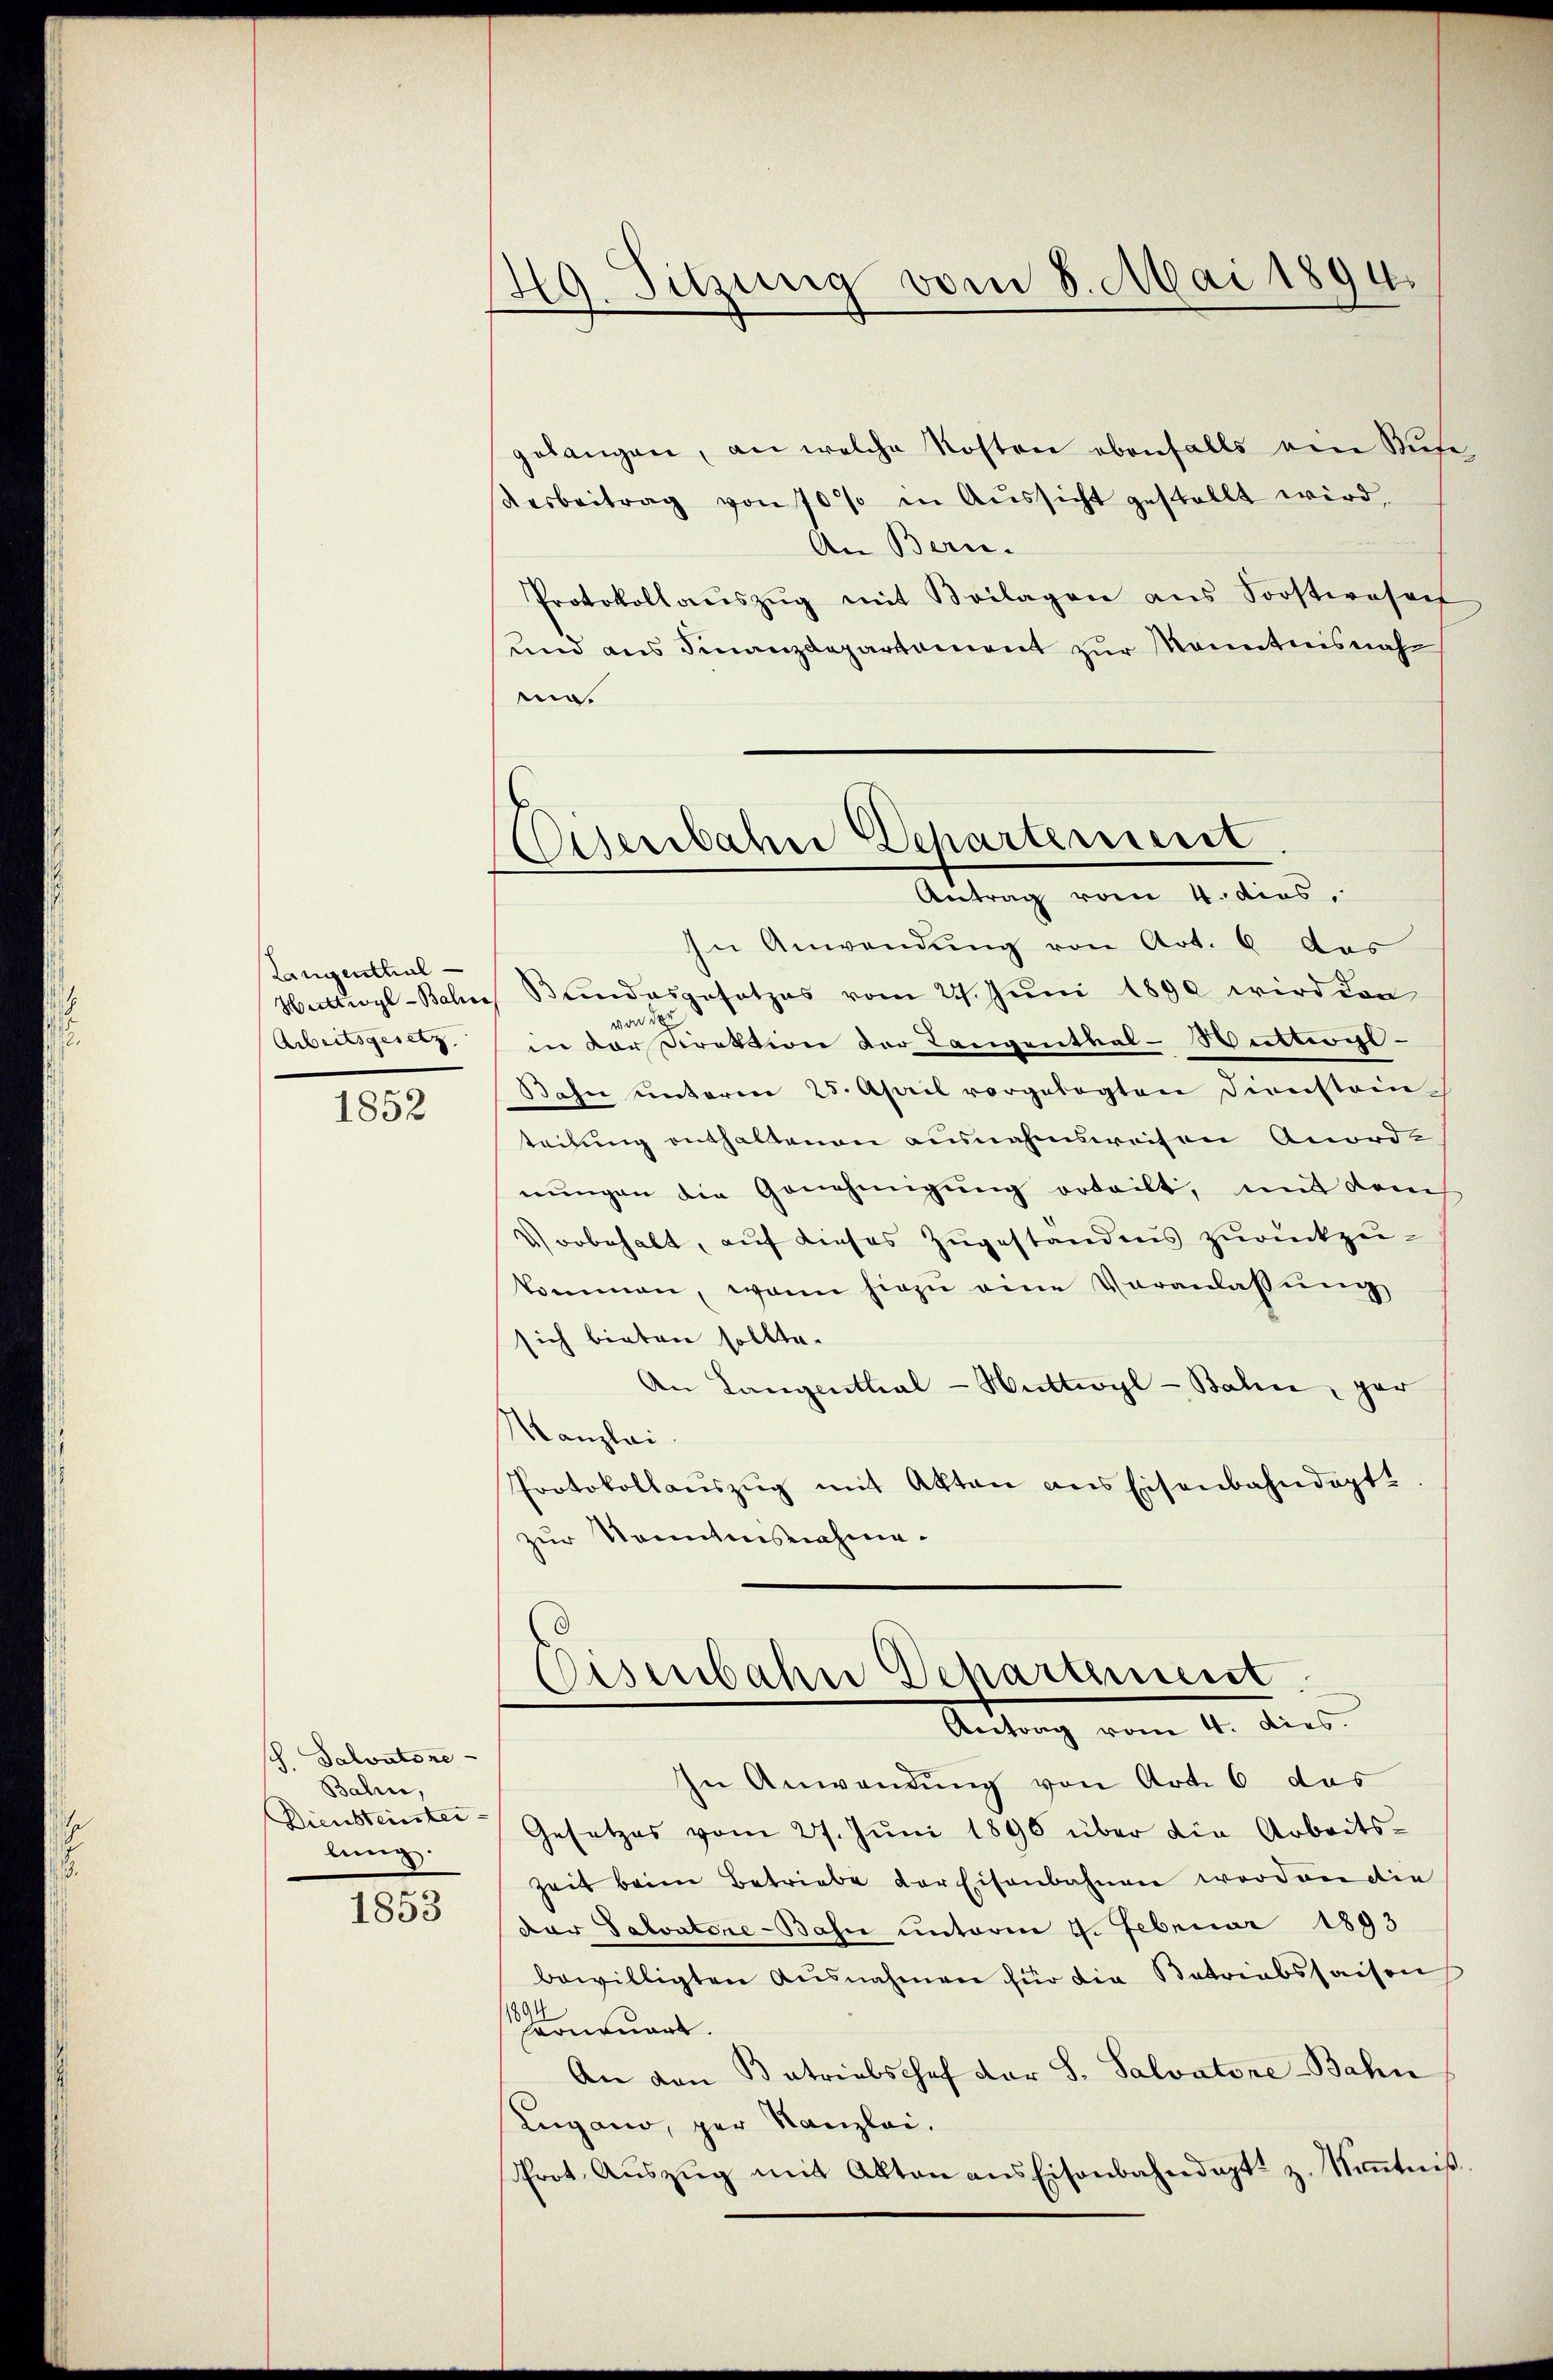
Langenthal
Arbeitsgesetz

1852

sch. Salvatore
Bahin,
Diensteinterlung.

1853

49. Sitzung vom 8. Mai 1894.

Eisenbahne Departement
Antrag vom 4. dies,

gelangen, an welche Kosten ebenfalls ein Rufe,
Aarbeitrag von 70 % in Aussicht gestellt wird,
An Bern.
Protokollaŭszŭg mit Beilagen ans Soostwesenh
und aus Finanzdepartament zur Kenntnisnah
en.
In Anwendung von Art. 6 das
Huttwyl-Bahn Bŭndesgesetzes vom 24. Jŭni 1890 wird dan
von der
in vor Direktion der Langenthal-Wittwochs
Bahn ŭnterm 25. April vorgelegten Dienstain
teilung enthaltenen ausnahmsweisen Anord-
nungen die Genehmigung erteilt, mit dem
Vorbehalt, auf dieses Zugeständnis zurückzukommen, wann hiezŭ eine Veranlassung
sich bieten sollte.
An Langenthal-Wattwyl - Baline, gar
Manzlei.
Protokollauszug mit Akten aus Eisenbahndagt!
zur Kenntnisnahme.
Eisenbahne Departement
Antrag vom 4. dies.
In Anwendung von Art. 6 das
Gesetzes vom 27. Jŭni 1890 über die Arbeits-
Zeit beim Betriebe der Eisenbahnen worden die
der Salvatore-Bahn unterm 4. Februar 1893
bewilligten Ausnahmen für die Batriabssachen
Voneuart.
An den Patrialschef der S. Salvatone Bahn
Zugano, per Kanzlei.
Prot. Aŭszŭg mit Akten ans Eisenbahndapt. z. Keṅtniβ